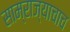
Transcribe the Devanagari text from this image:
साम्राज्याचाच